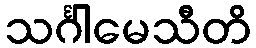
သင်္ဂါမေသီတိ